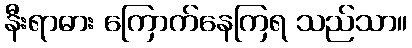
နီးရာဓား ကြောက်နေကြရ သည်သာ။